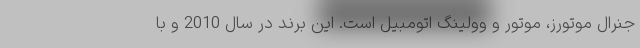
جنرال موتورز، موتور و وولینگ اتومبیل است. این برند در سال 2010 و با